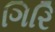
ગિરિ